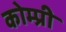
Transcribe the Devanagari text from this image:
कोम्प्री